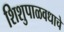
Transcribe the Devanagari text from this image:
शिशुपाळवधाचे